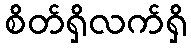
စိတ်ရှိလက်ရှိ